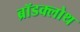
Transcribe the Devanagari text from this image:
ब्रॉडक्लोथ